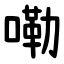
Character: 嘞